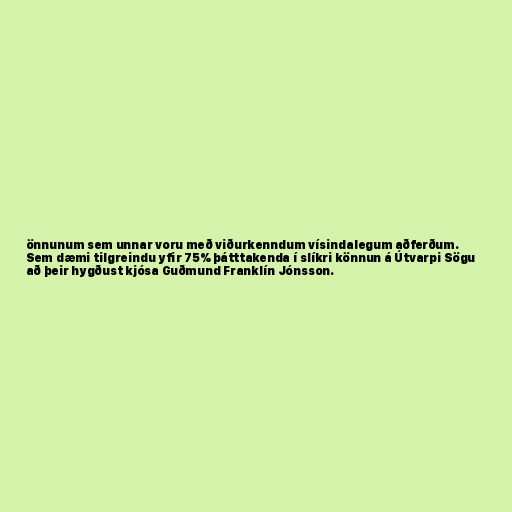
önnunum sem unnar voru með viðurkenndum vísindalegum aðferðum.
Sem dæmi tilgreindu yfir 75% þátttakenda í slíkri könnun á Útvarpi Sögu
að þeir hygðust kjósa Guðmund Franklín Jónsson.